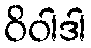
ဝိဝါဒါ